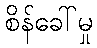
စိန်ခေါ်မှု